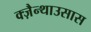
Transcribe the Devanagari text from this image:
क्ज़ैन्थाउसास